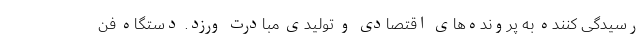
رسیدگی کننده به پرونده‌های اقتصادی و تولیدی مبادرت ورزد. دستگاه فن